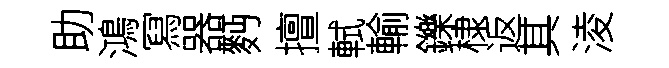
助鴻冩器麪擅軾輸鑠棣返其淩